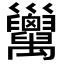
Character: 𢀏